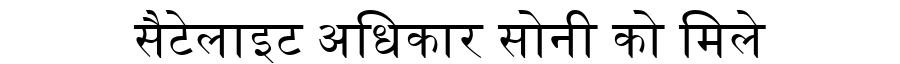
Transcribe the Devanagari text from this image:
सैटेलाइट अधिकार सोनी को मिले